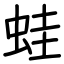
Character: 蛙